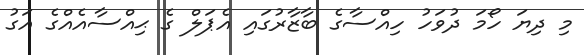
މި ދިޔަ ހޯމަ ދުވަހު ހިއްސާގެ ބާޒާރުގައި އެޕަލް ގެ ޙިއްސާއެއްގެ އަގު